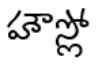
హౌస్లో